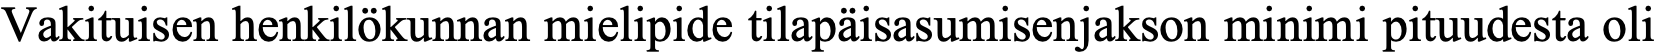
Vakituisen henkilökunnan mielipide tilapäisasumisenjakson minimi pituudesta oli